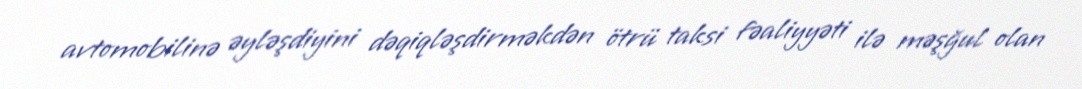
avtomobilinə əyləşdiyini dəqiqləşdirməkdən ötrü taksi fəaliyyəti ilə məşğul olan